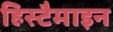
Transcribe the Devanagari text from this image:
हिस्टैमाइन